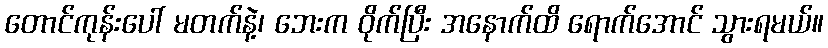
တောင်ကုန်းပေါ် မတက်နဲ့၊ ဘေးက ဝိုက်ပြီး အနောက်ထိ ရောက်အောင် သွားရမယ်။